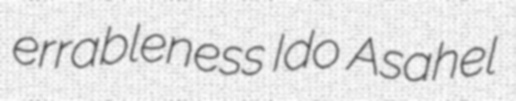
errableness Ido Asahel